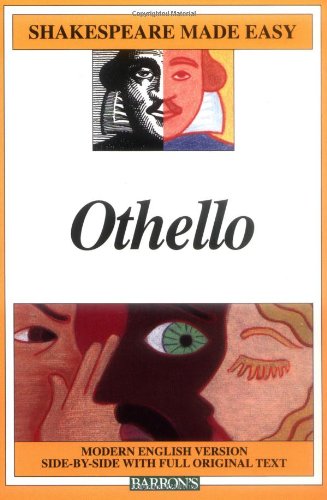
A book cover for Othello (Shakespeare Made Easy); William Shakespeare; Literature & Fiction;